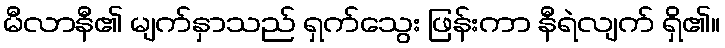
မီလာနီ၏ မျက်နှာသည် ရှက်သွေး ဖြန်းကာ နီရဲလျက် ရှိ၏။